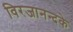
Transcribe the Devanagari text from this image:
विरजानन्दके